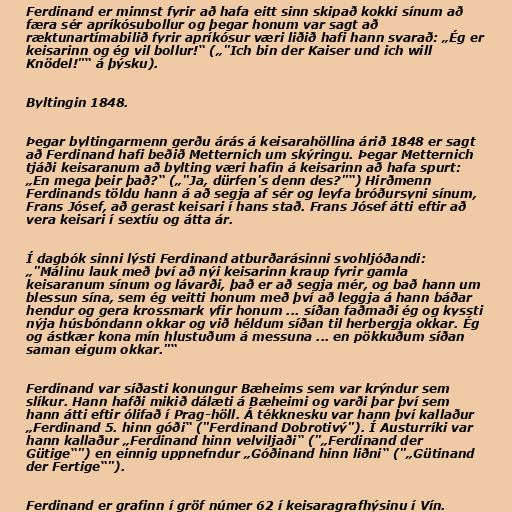
Ferdinand er minnst fyrir að hafa eitt sinn skipað kokki sínum að
færa sér apríkósubollur og þegar honum var sagt að
ræktunartímabilið fyrir apríkósur væri liðið hafi hann svarað: „Ég er
keisarinn og ég vil bollur!“ („"Ich bin der Kaiser und ich will
Knödel!"“ á þýsku).

Byltingin 1848.

Þegar byltingarmenn gerðu árás á keisarahöllina árið 1848 er sagt
að Ferdinand hafi beðið Metternich um skýringu. Þegar Metternich
tjáði keisaranum að bylting væri hafin á keisarinn að hafa spurt:
„En mega þeir það?“ („"Ja, dürfen's denn des?"“) Hirðmenn
Ferdinands töldu hann á að segja af sér og leyfa bróðursyni sínum,
Frans Jósef, að gerast keisari í hans stað. Frans Jósef átti eftir að
vera keisari í sextíu og átta ár.

Í dagbók sinni lýsti Ferdinand atburðarásinni svohljóðandi:
„"Málinu lauk með því að nýi keisarinn kraup fyrir gamla
keisaranum sínum og lávarði, það er að segja mér, og bað hann um
blessun sína, sem ég veitti honum með því að leggja á hann báðar
hendur og gera krossmark yfir honum ... síðan faðmaði ég og kyssti
nýja húsbóndann okkar og við héldum síðan til herbergja okkar. Ég
og ástkær kona mín hlustuðum á messuna ... en pökkuðum síðan
saman eigum okkar."“

Ferdinand var síðasti konungur Bæheims sem var krýndur sem
slíkur. Hann hafði mikið dálæti á Bæheimi og varði þar því sem
hann átti eftir ólifað í Prag-höll. Á tékknesku var hann því kallaður
„Ferdinand 5. hinn góði“ ("Ferdinand Dobrotivý"). Í Austurríki var
hann kallaður „Ferdinand hinn velviljaði“ ("„Ferdinand der
Gütige“") en einnig uppnefndur „Góðinand hinn liðni“ ("„Gütinand
der Fertige“").

Ferdinand er grafinn í gröf númer 62 í keisaragrafhýsinu í Vín.